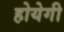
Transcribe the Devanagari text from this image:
होयेगी